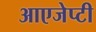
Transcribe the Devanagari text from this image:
आएजेप्टी